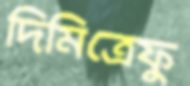
দিমিত্রেফু